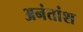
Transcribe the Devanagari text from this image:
अनंतांश